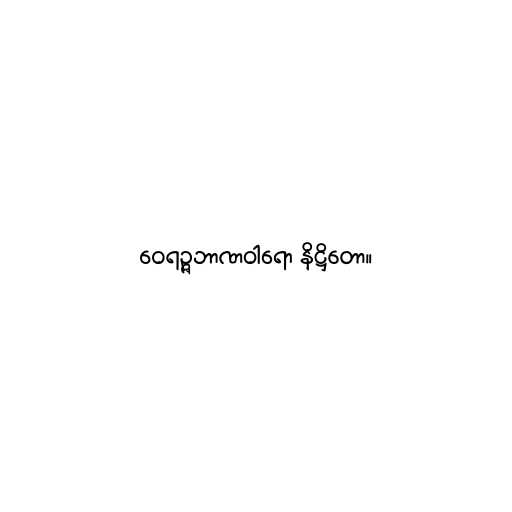
ဝေရဉ္ဇဘာဏဝါရော နိဋ္ဌိတော။